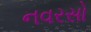
નવરસો